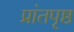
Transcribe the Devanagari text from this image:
प्रांतपृष्ठ